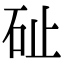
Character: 砋